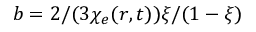
b = 2 / ( 3 \chi _ { e } ( r , t ) ) \xi / ( 1 - \xi )